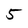
Character: 5